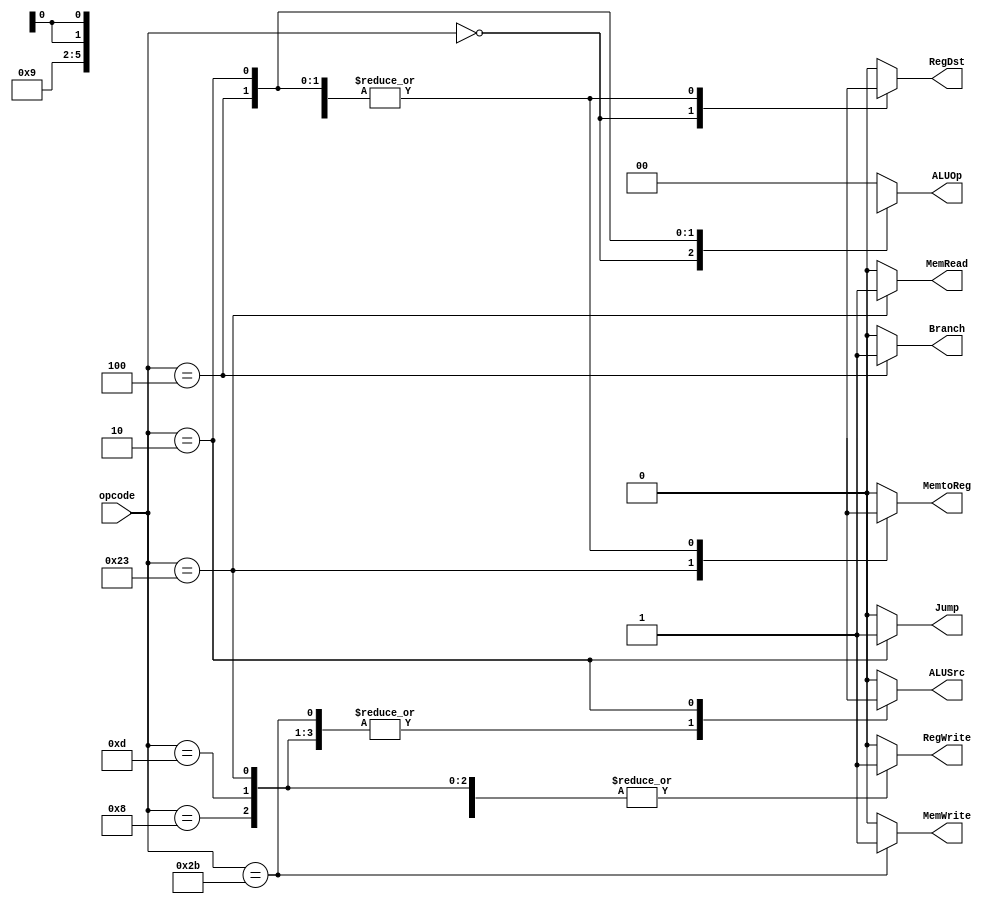
module alu_control(opcode, RegWrite, RegDst, ALUSrc, Branch, MemWrite, MemRead, MemtoReg, ALUOp, Jump);

input [5:0] opcode;
output reg RegWrite;
output reg RegDst;
output reg ALUSrc;
output reg Branch;
output reg MemWrite; 
output reg MemRead;
output reg MemtoReg;
output reg [1:0] ALUOp;
output reg Jump;


always @(opcode) 
begin
	case (opcode)
    	6'b000000: begin // R-type
		 RegWrite = 1'b1;
		 RegDst = 1'b1;
		 ALUSrc = 1'b0;
		 Branch = 1'b0;
		 MemWrite = 1'b0;
		 MemRead = 1'b0;
		 MemtoReg = 1'b0;
		 ALUOp = 2'b10;
		 Jump = 1'b0;
		 end
			  
    	6'b100011: begin // lw
		 RegWrite = 1'b1;
		 RegDst = 1'b0;
		 ALUSrc = 1'b1;
		 Branch = 1'b0;
		 MemWrite = 1'b0;
		 MemRead = 1'b1;
		 MemtoReg = 1'b1;
		 ALUOp = 2'b00;
		 Jump = 1'b0;
		 end
			  
      6'b101011: begin 	 // sw 
		 RegWrite = 1'b0;
		 RegDst = 1'bx;
		 ALUSrc = 1'b1;
		 Branch = 1'b0;
		 MemWrite = 1'b1;
		 MemRead = 1'b0;
		 MemtoReg = 1'bx;
		 ALUOp = 2'b00;
		 Jump = 1'b0;
		 end
				
				
      6'b000100: begin  // beq
		 RegWrite = 1'b0;
		 RegDst = 1'bx;
		 ALUSrc = 1'b0;
		 Branch = 1'b1;
		 MemWrite = 1'b0;
		 MemRead = 1'b0;
		 MemtoReg = 1'bx;
		 ALUOp = 2'b01;
		 Jump = 1'b0;
		 end
				
          
      6'b001000: begin   // addi
		 RegWrite = 1'b1;
		 RegDst = 1'b0;
		 ALUSrc = 1'b1;
		 Branch = 1'b0;
		 MemWrite = 1'b0;
		 MemRead = 1'b0;
		 MemtoReg = 1'b0;
		 ALUOp = 2'b00;
		 Jump = 1'b0;
		 end
				
		
		6'b001101: begin   // ori
		 RegWrite = 1'b1;
		 RegDst = 1'b0;
		 ALUSrc = 1'b1;
		 Branch = 1'b0;
		 MemWrite = 1'b0;
		 MemRead = 1'b0;
		 MemtoReg = 1'b0;
		 ALUOp = 2'b00;
		 Jump = 1'b0;
		 end
			  
			  
		6'b000010: begin // j
		 RegWrite = 1'b0;
		 RegDst = 1'bx;
		 ALUSrc = 1'bx;
		 Branch = 1'b0;
		 MemWrite = 1'b0;
		 MemRead = 1'b0;
		 MemtoReg = 1'bx;
		 ALUOp = 2'bxx;
		 Jump = 1'b1;
		 end
		
      default: begin
		 RegWrite = 1'b0;
		 RegDst = 1'b0;
		 ALUSrc = 1'b0;
		 Branch = 1'b0;
		 MemWrite = 1'b0;
		 MemRead = 1'b0;
		 MemtoReg = 1'b0;
		 ALUOp = 2'b00;
		 Jump = 1'b0;
		 end
			 
  endcase
end

endmodule